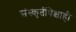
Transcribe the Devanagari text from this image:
संस्कृतींपेक्षाही